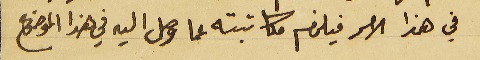
في هذا الامر فيلزم مكاتبته عما وصل اليه في هذا الموضوع